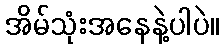
အိမ်သုံးအနေနဲ့ပါပဲ။